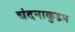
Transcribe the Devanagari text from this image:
चंदनाकुडम